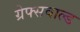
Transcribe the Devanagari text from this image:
ग्रेफ्सवाल्ड